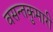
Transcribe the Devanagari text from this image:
वसन्तकुमारी